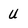
Character: U